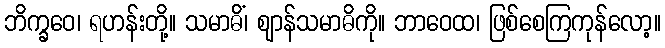
ဘိက္ခဝေ၊ ရဟန်းတို့။ သမာဓိံ၊ ဈာန်သမာဓိကို။ ဘာဝေထ၊ ဖြစ်စေကြကုန်လော့။